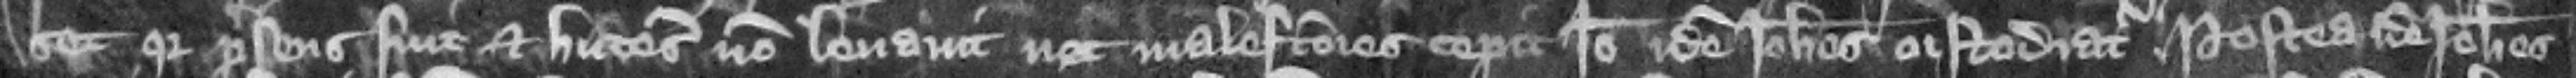
set quia presens fuit et hutesium non leuauit nec malefactores cepit ideo idem Iohannes custodiatur. Postea idem Iohannes